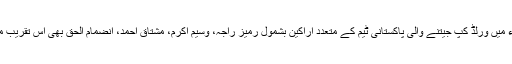
[1] سنہ 1992ء میں ورلڈ کپ جیتنے والی پاکستانی ٹیم کے متعدد اراکین بشمول رمیز راجہ، وسیم اکرم، مشتاق احمد، انضمام الحق بھی اس تقریب میں شریک تھے۔